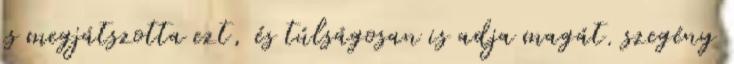
is megjátszotta ezt, és túlságosan is adja magát. szegény